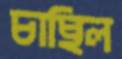
চাছিল